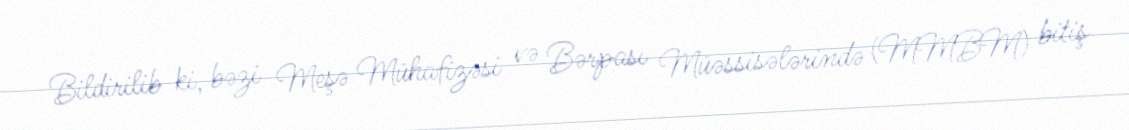
Bildirilib ki, bəzi Meşə Mühafizəsi və Bərpası Müəssisələrində (MMBM) bitiş